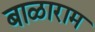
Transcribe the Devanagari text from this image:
बाळाराम